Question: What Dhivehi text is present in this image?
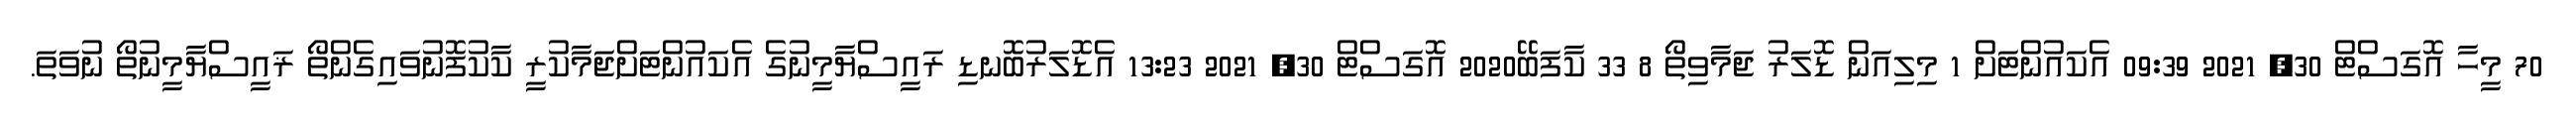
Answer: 70 މީހާ އޮގަސްޓް 30, 2021 09:39 އެކައުންޓަށް 1 މިލިއަން ޑޮލަރު ޖަމާވިތޯ 8 33 ކާފަބޭ2020 އޮގަސްޓް 30, 2021 13:23 އެޑޮލަރުބޮނޑި ރައީސްޔާމީނުގެ އެކައުންޓަށްޖަމާކުރީ ކާކުފޮނުވައިގެންތޯ ޜައީސްޔާމީނުތޯ ނުވަތަ.